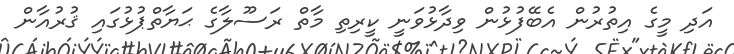
އަދި މީގެ އިތުރުން އެބޭފުޅުން ވިދާޅުވަނީ ކީރިތި މާތް ރަސޫލާގެ ޙަޔާތްޕުޅުގައި ޤުރުއާން